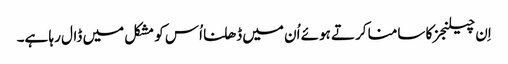
اِن چیلنجز کا سامنا کرتے ہوئے اُن میں ڈھلنا اُس کو مشکل میں ڈال رہا ہے۔